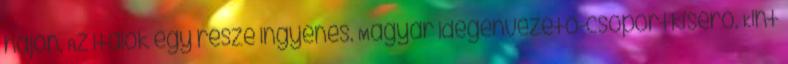
hajón. Az italok egy része ingyenes. Magyar idegenvezető-csoportkísérő. Kint